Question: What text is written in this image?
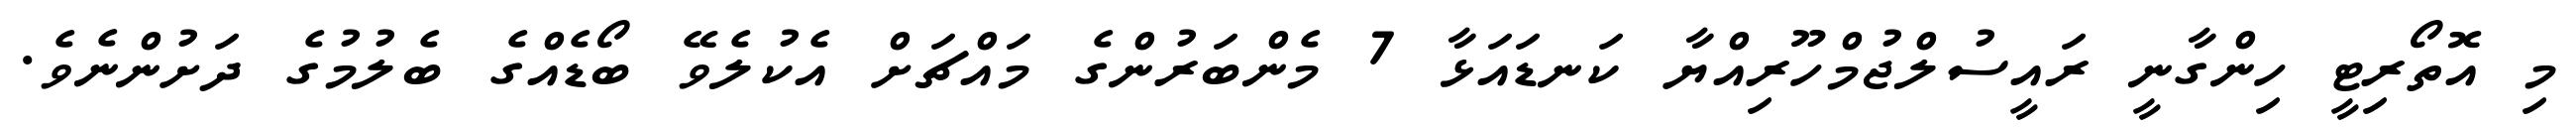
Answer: މި އޮތޯރިޓީ ހިންގާނީ ރައީސުލްޖުމްހޫރިއްޔާ ކަނޑައަޅާ 7 މެންބަރުންގެ މައްޗަށް އެކުލެވޭ ބޯޑެއްގެ ބެލުމުގެ ދަށުންނެވެ.